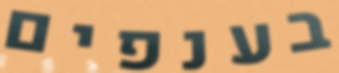
בענפים